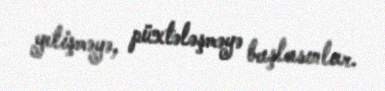
yetişməyə, püxtələşməyə başlasınlar.